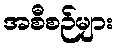
အစီစဉ်များ